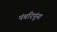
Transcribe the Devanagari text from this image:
पंचरिपूंना